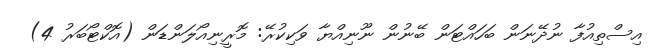
އިސްތިއުފާ ނުދޭނަން ބަހައްޓަން ބޭނުން ނޫނިއްޔާ ވަކިކުރޭ: މޮރީނިއޯލަންޑަން (އޮކްޓޯބަރު 4)